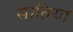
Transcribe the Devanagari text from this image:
सातिया